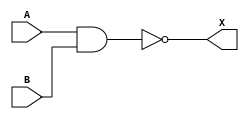
module XOR_gate(
    input A, 
    input B, 
    output X
);

wire w1, w2, w3;

and gate_and(w1, A, B);
or gate_or(w2, A, B);
not gate_not(w3, w1);

assign X = w3;

endmodule